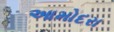
આમોદરા